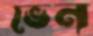
ভেন